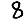
Digit: 8